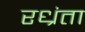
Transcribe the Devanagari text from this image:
रध्रंता